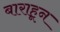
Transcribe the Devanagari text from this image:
बाराहून